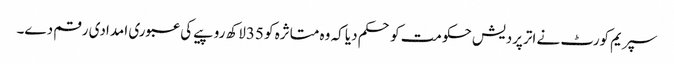
سپریم کورٹ نے اترپردیش حکومت کو حکم دیا کہ وہ متاثرہ کو 35لاکھ روپیے کی عبوری امدادی رقم دے۔